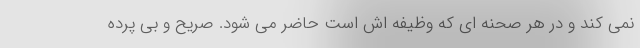
نمی کند و در هر صحنه ای که وظیفه اش است حاضر می شود. صریح و بی پرده